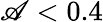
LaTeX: \mathscr{A}<0.4